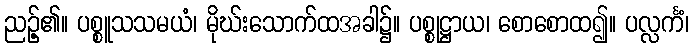
ညဉ့်၏။ ပစ္စူသသမယံ၊ မိုဃ်းသောက်ထအခါ၌။ ပစ္စုဋ္ဌာယ၊ စောစောထ၍။ ပလ္လင်္ကံ၊